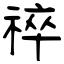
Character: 祽